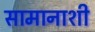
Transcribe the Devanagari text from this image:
सामानाशी